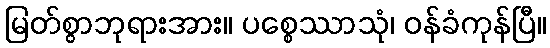
မြတ်စွာဘုရားအား။ ပစ္စေဿာသုံ၊ ဝန်ခံကုန်ပြီ။